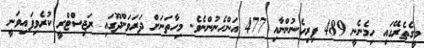
މީގެތެރޭގައި ހިމެނެނީ 489 ފިރިހެނުންނާއި 477 އަންހެނުންނެވެ. މިހާތަނަށް ދަރަވަންދޫގައި ރަޖިސްޓްރީ ކުރެވިފައިވަނީ